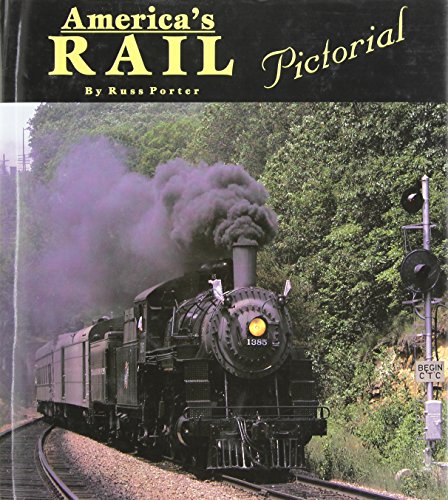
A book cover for America's Rail Pictorial; Russ Porter; Arts & Photography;